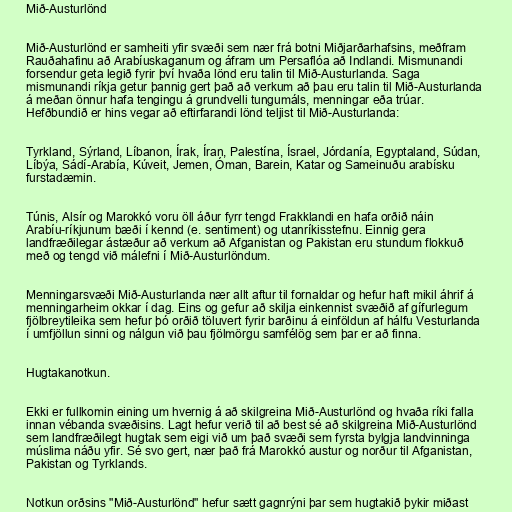
Mið-Austurlönd

Mið-Austurlönd er samheiti yfir svæði sem nær frá botni Miðjarðarhafsins, meðfram
Rauðahafinu að Arabíuskaganum og áfram um Persaflóa að Indlandi. Mismunandi
forsendur geta legið fyrir því hvaða lönd eru talin til Mið-Austurlanda. Saga
mismunandi ríkja getur þannig gert það að verkum að þau eru talin til Mið-Austurlanda
á meðan önnur hafa tengingu á grundvelli tungumáls, menningar eða trúar.
Hefðbundið er hins vegar að eftirfarandi lönd teljist til Mið-Austurlanda:

Tyrkland, Sýrland, Líbanon, Írak, Íran, Palestína, Ísrael, Jórdanía, Egyptaland, Súdan,
Líbýa, Sádí-Arabía, Kúveit, Jemen, Óman, Barein, Katar og Sameinuðu arabísku
furstadæmin.

Túnis, Alsír og Marokkó voru öll áður fyrr tengd Frakklandi en hafa orðið náin
Arabíu-ríkjunum bæði í kennd (e. sentiment) og utanríkisstefnu. Einnig gera
landfræðilegar ástæður að verkum að Afganistan og Pakistan eru stundum flokkuð
með og tengd við málefni í Mið-Austurlöndum.

Menningarsvæði Mið-Austurlanda nær allt aftur til fornaldar og hefur haft mikil áhrif á
menningarheim okkar í dag. Eins og gefur að skilja einkennist svæðið af gífurlegum
fjölbreytileika sem hefur þó orðið töluvert fyrir barðinu á einföldun af hálfu Vesturlanda
í umfjöllun sinni og nálgun við þau fjölmörgu samfélög sem þar er að finna.

Hugtakanotkun.

Ekki er fullkomin eining um hvernig á að skilgreina Mið-Austurlönd og hvaða ríki falla
innan vébanda svæðisins. Lagt hefur verið til að best sé að skilgreina Mið-Austurlönd
sem landfræðilegt hugtak sem eigi við um það svæði sem fyrsta bylgja landvinninga
múslima náðu yfir. Sé svo gert, nær það frá Marokkó austur og norður til Afganistan,
Pakistan og Tyrklands.

Notkun orðsins "Mið-Austurlönd" hefur sætt gagnrýni þar sem hugtakið þykir miðast